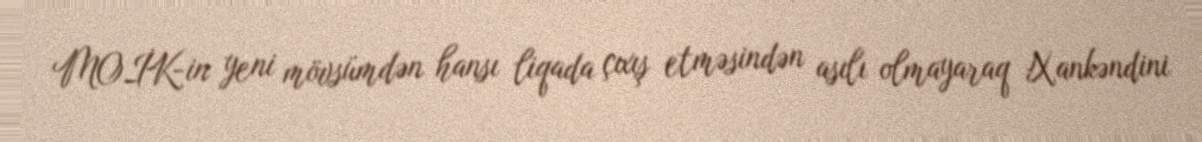
MOİK-in yeni mövsümdən hansı liqada çıxış etməsindən asılı olmayaraq Xankəndini